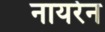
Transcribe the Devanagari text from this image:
नायरेन